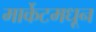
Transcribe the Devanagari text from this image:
मार्केटमधून